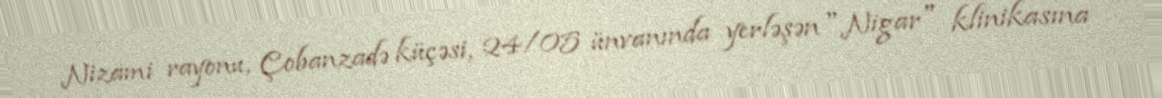
Nizami rayonu, Çobanzadə küçəsi, 24/05 ünvanında yerləşən "Nigar" klinikasına